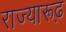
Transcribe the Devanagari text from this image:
राज्यारूढ़